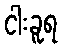
ငါးခူရ